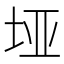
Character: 垭